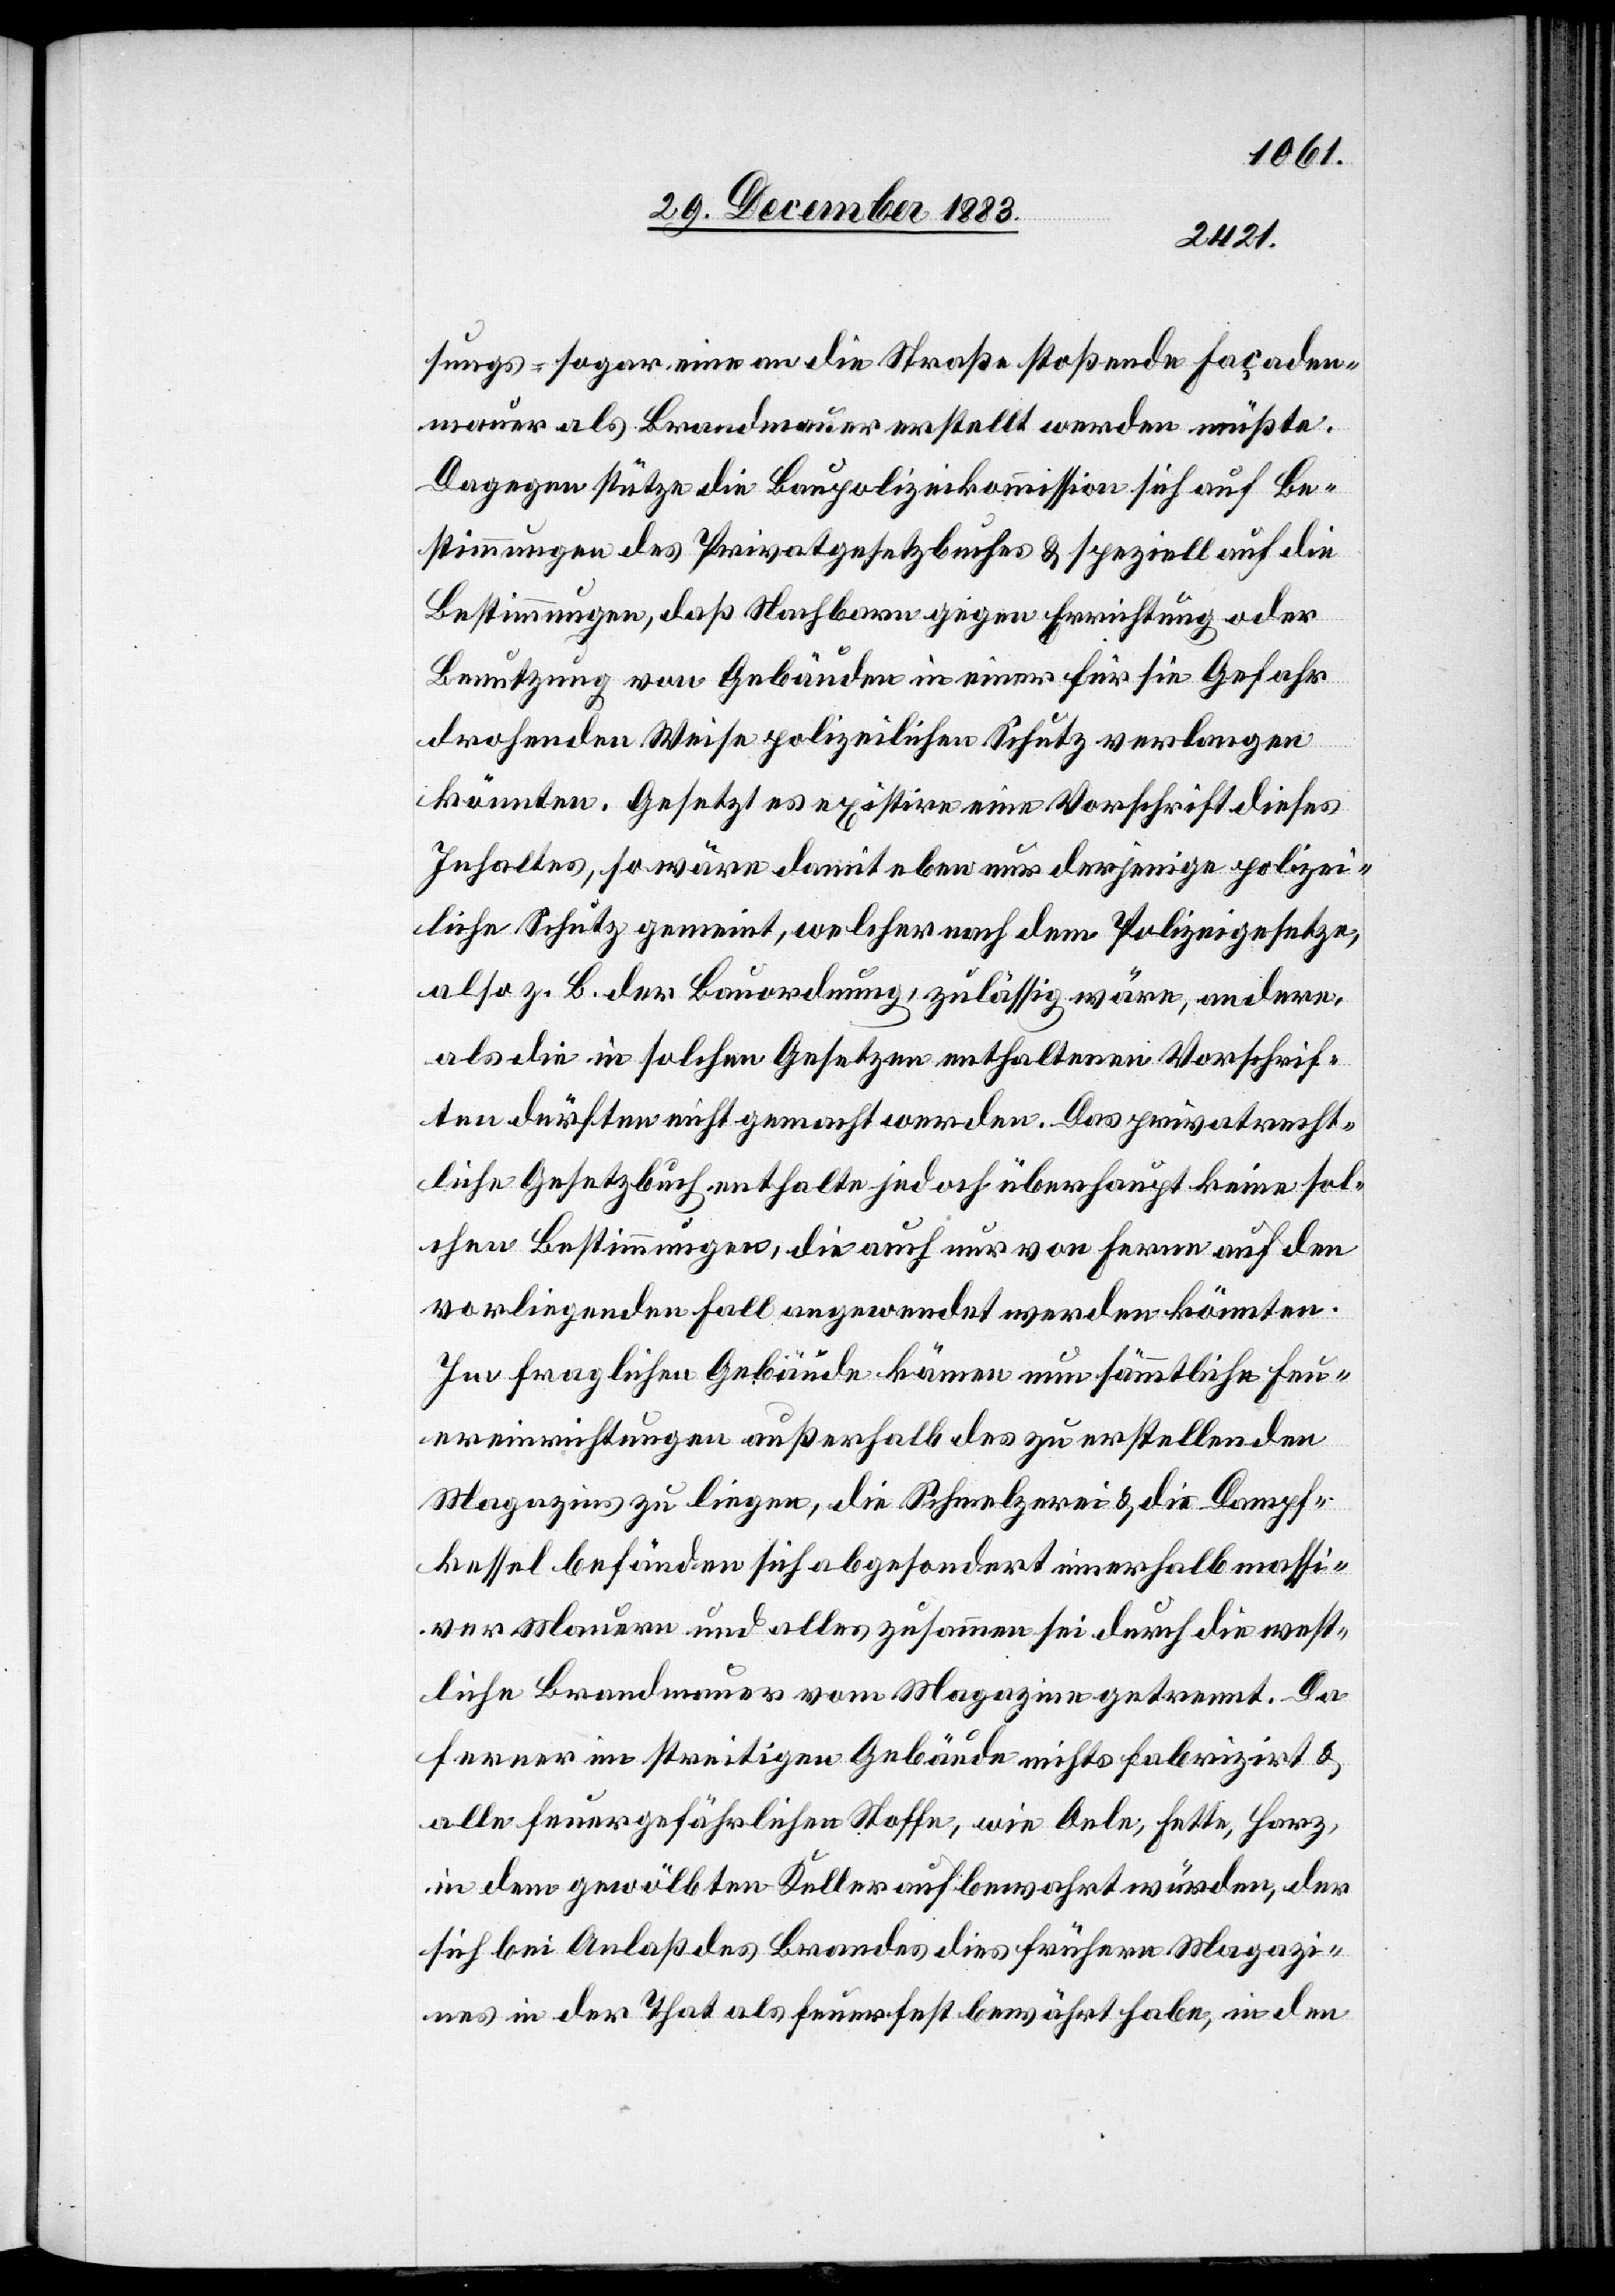
sungs- sogar eine an die Straße stoßende Façaden¬
mauer als Brandmauer erstellt werden müßte.
Dagegen stütze die Baupolizeikommission sich auf Be¬
stimmungen des Privatgesetzbuches & speziell auf die
Bestimmungen, daß Nachbarn gegen Errichtung oder
Benutzung von Gebäuden in einer für sie Gefahr
drohenden Weise polizeilichen Schutz verlangen
Be¬
könnten. Gesetzt es existire eine Vorschrift dieses
Inhaltes, so wäre damit eben nur derjenige polizei¬
liche Schutz gemeint, welcher nach dem Polizeigesetze,
also z. B. der Bauordnung, zulässig wäre, andere
als die in solchen Gesetzen enthaltenen Vorschrif¬
ten dürften nicht gemacht werden. Das privatrecht¬
liche Gesetzbuch enthalte jedoch überhaupt keine sol¬
chen Bestimmungen, die auch nur von ferne auf den
vorliegenden Fall angewendet werden könnten.
Im fraglichen Gebäude kämen nun sämmtliche Feu¬
ereinrichtungen außerhalb des zu erstellenden
Magazins zu liegen, die Schmelzerei & die Dampf¬
kessel befänden sich abgesondert innerhalb massi¬
ver Mauern und alles zusammen sei durch die west¬
liche Brandmauer vom Magazine getrennt. Da
ferner im streitigen Gebäude nichts fabrizirt &
alle feuergefährlichen Stoffe, wie Oele, Fette, Harz,
in dem gewölbten Keller aufbewahrt würden, der
sich bei Anlaß des Brandes dies frühern Magazi¬
nes in der That als feuerfest bewährt habe, in den